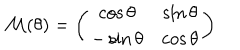
{ \cal M } ( \theta ) = \left( \begin{array} { c c } { { \cos \theta } } & { { \sin \theta } } \\ { { - \sin \theta } } & { { \cos \theta } } \\ \end{array} \right)